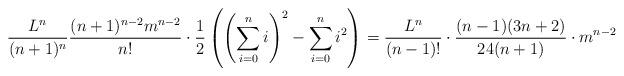
\begin{align*}\frac{L^n}{(n+1)^n}\frac{(n+1)^{n-2}m^{n-2}}{n!}\cdot \frac{1}{2}\left(\left(\sum_{i=0}^ni\right)^2-\sum_{i=0}^n i^2\right)&=\frac{L^n}{(n-1)!}\cdot\frac{(n-1)(3n+2)}{24(n+1)}\cdot m^{n-2}\end{align*}